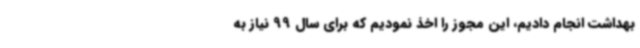
بهداشت انجام دادیم، این مجوز را اخذ نمودیم که برای سال 99 نیاز به